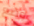
وضع